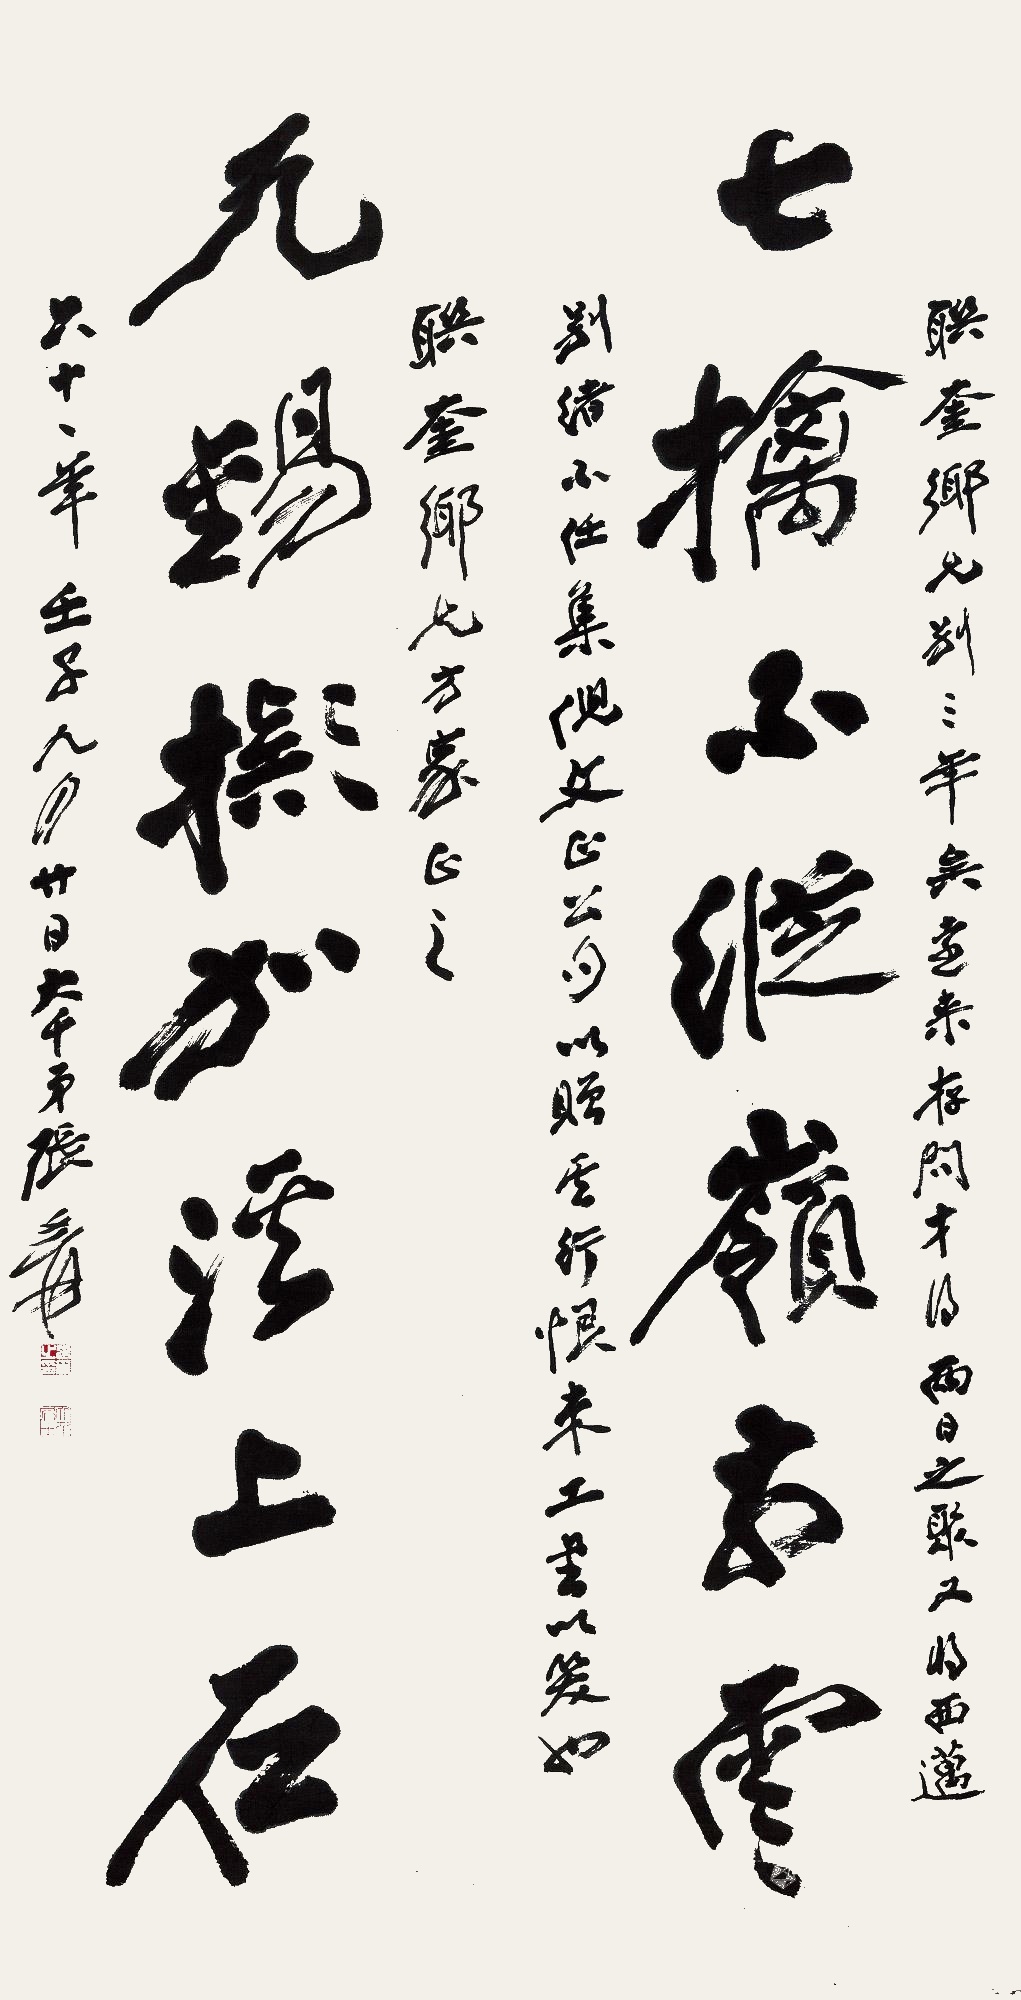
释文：七擒不纵岭前云，九锡拟加溪上石。联奎乡兄别三年矣，远来存问，才得两日之聚，又得西迈，别绪不任。集倪文正公句以赠其行，恨未工书以笑也。联奎乡兄方家正之。六十一年壬子九月廿日，大千弟张爰。